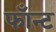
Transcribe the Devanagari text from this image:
फाँन्ट